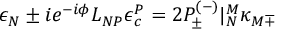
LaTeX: \epsilon _ { N } \pm i e ^ { - i \phi } L _ { N P } \epsilon _ { c } ^ { P } = 2 { \cal P } _ { \pm } ^ { ( - ) } | _ { N } ^ { M } \kappa _ { M \mp }